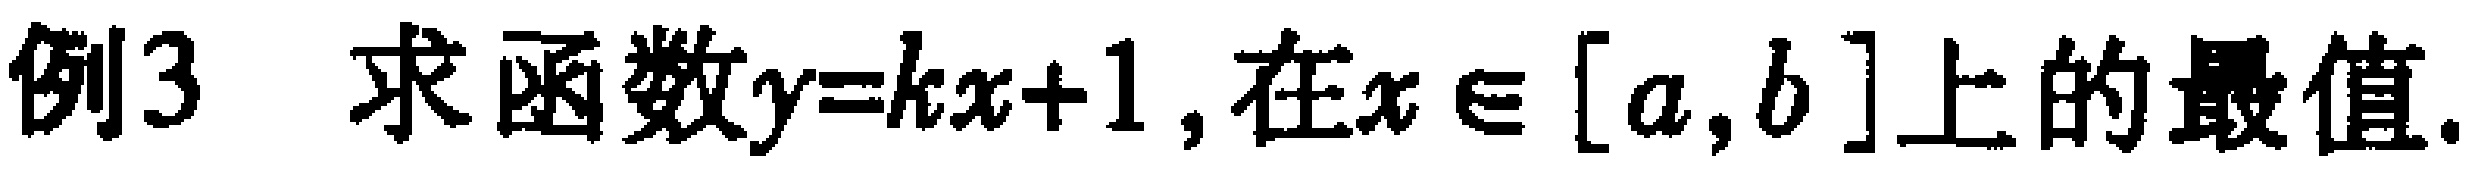
例3 求函数\(y = kx + 1\)，在\(x\in[a,b]\)上的最值.